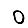
Digit: 0